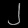
Digit: ၂